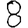
Digit: 8